Report on the working of the Ranchi Indian Mental Hospital, Kanke, in Bihar and Orissa - 1930-1940
Year: 1930
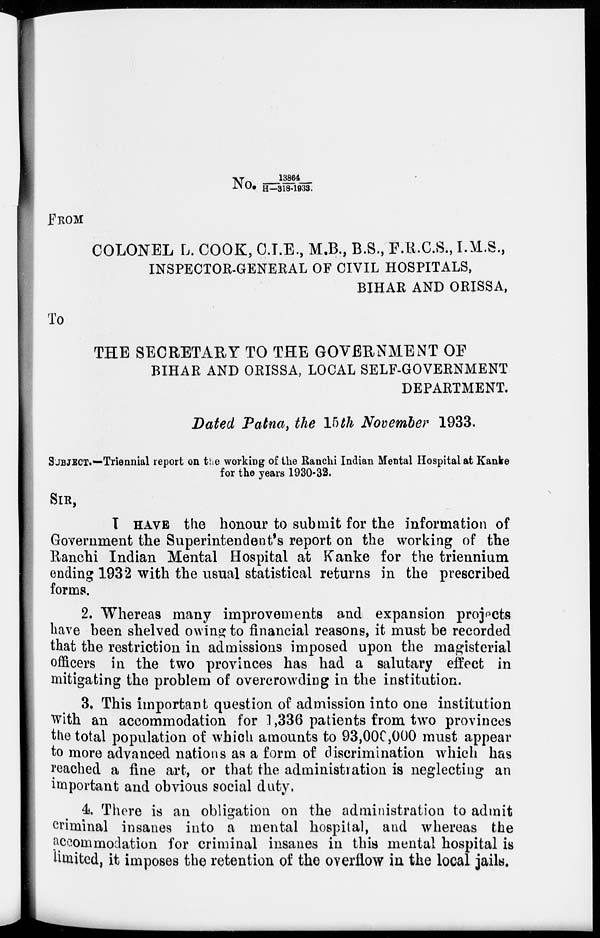
No. 1 3 8 6 4 / H—318-1933.
FROM
COLONEL L. COOK, C.I.E., M.B., B.S., F.R.C.S., I.M.S.,
INSPECTOR-GENERAL OF CIVIL HOSPITALS,
BIHAR AND ORISSA,
To
THE SECRETARY TO THE GOVERNMENT OF
BIHAR AND ORISSA, LOCAL SELF-GOVERNMENT
DEPARTMENT.
Dated Patna, the 15th November 1933.
SUBJECT.—Triennial report on the working of the Ranchi Indian Mental Hospital at Kanke
for the years 1930-32.
SIR,
I HAVE the honour to submit for the information of
Government the Superintendent's report on the working of the
Ranchi Indian Mental Hospital at Kanke for the triennium
ending 1932 with the usual statistical returns in the prescribed
forms.
2. Whereas many improvements and expansion projects
have been shelved owing to financial reasons, it must be recorded
that the restriction in admissions imposed upon the magisterial
officers in the two provinces has had a salutary effect in
mitigating the problem of overcrowding in the institution.
3. This important question of admission into one institution
with an accommodation for 1,336 patients from two provinces
the total population of which amounts to 93,000,000 must appear
to more advanced nations as a form of discrimination which has
reached a fine art, or that the administration is neglecting an
important and obvious social duty.
4. There is an obligation on the administration to admit
criminal insanes into a mental hospital, and whereas the
accommodation for criminal insanes in this mental hospital is
limited, it imposes the retention of the overflow in the local jails.